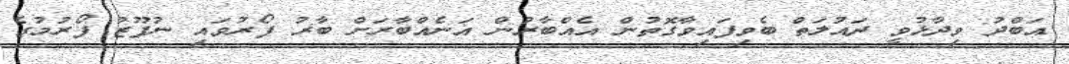
އަބްދު ވިދާޅުވީ ދައުލަތް ބެވިފައިވާގޮތުން އެއްބާރުން އަނެއްބާރަށް ބާރު ފޯރުވައި ނުފޫޒު ފޯރުމުގެ